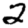
Digit: 2